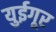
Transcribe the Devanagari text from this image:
युईगूर